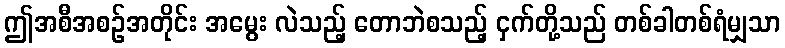
ဤအစီအစဉ်အတိုင်း အမွေး လဲသည့် တောဘဲစသည့် ငှက်တို့သည် တစ်ခါတစ်ရံမျှသာ